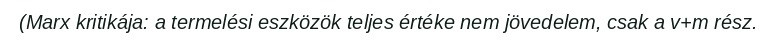
(Marx kritikája: a termelési eszközök teljes értéke nem jövedelem, csak a v+m rész.